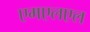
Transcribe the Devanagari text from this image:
एमएलएल